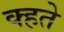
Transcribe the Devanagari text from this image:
क्हते